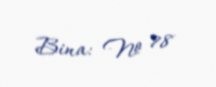
Bina: № 78